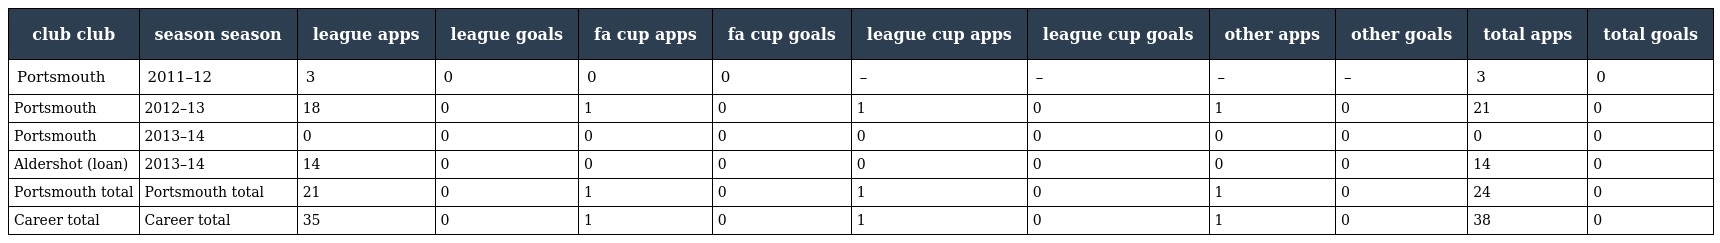
| club club | season season | league apps | league goals | fa cup apps | fa cup goals | league cup apps | league cup goals | other apps | other goals | total apps | total goals |
 | --- | --- | --- | --- | --- | --- | --- | --- | --- | --- | --- | --- |
 | Portsmouth | 2011–12 | 3 | 0 | 0 | 0 | – | – | – | – | 3 | 0 |
 | Portsmouth | 2012–13 | 18 | 0 | 1 | 0 | 1 | 0 | 1 | 0 | 21 | 0 |
 | Portsmouth | 2013–14 | 0 | 0 | 0 | 0 | 0 | 0 | 0 | 0 | 0 | 0 |
 | Aldershot (loan) | 2013–14 | 14 | 0 | 0 | 0 | 0 | 0 | 0 | 0 | 14 | 0 |
 | Portsmouth total | Portsmouth total | 21 | 0 | 1 | 0 | 1 | 0 | 1 | 0 | 24 | 0 |
 | Career total | Career total | 35 | 0 | 1 | 0 | 1 | 0 | 1 | 0 | 38 | 0 |